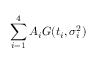
\sum _ { i = 1 } ^ { 4 } { A _ { i } G ( t _ { i } , \sigma _ { i } ^ { 2 } ) }